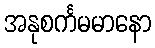
အနုစင်္ကမမာနော